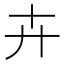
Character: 卉